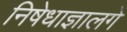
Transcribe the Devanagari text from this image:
निषेधाज्ञालगे